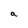
Character: a